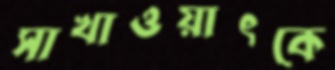
সাখাওয়াৎকে